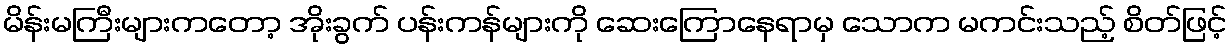
မိန်းမကြီးများကတော့ အိုးခွက် ပန်းကန်များကို ဆေးကြောနေရာမှ သောက မကင်းသည့် စိတ်ဖြင့်